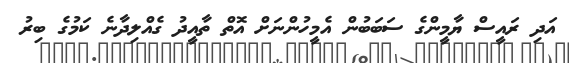
އަދި ރައީސް ޔާމީންގެ ސަބަބުން އެމީހުންނަށް އޮތް ތާއީދު ގެއްލިދާނެ ކަމުގެ ބިރު